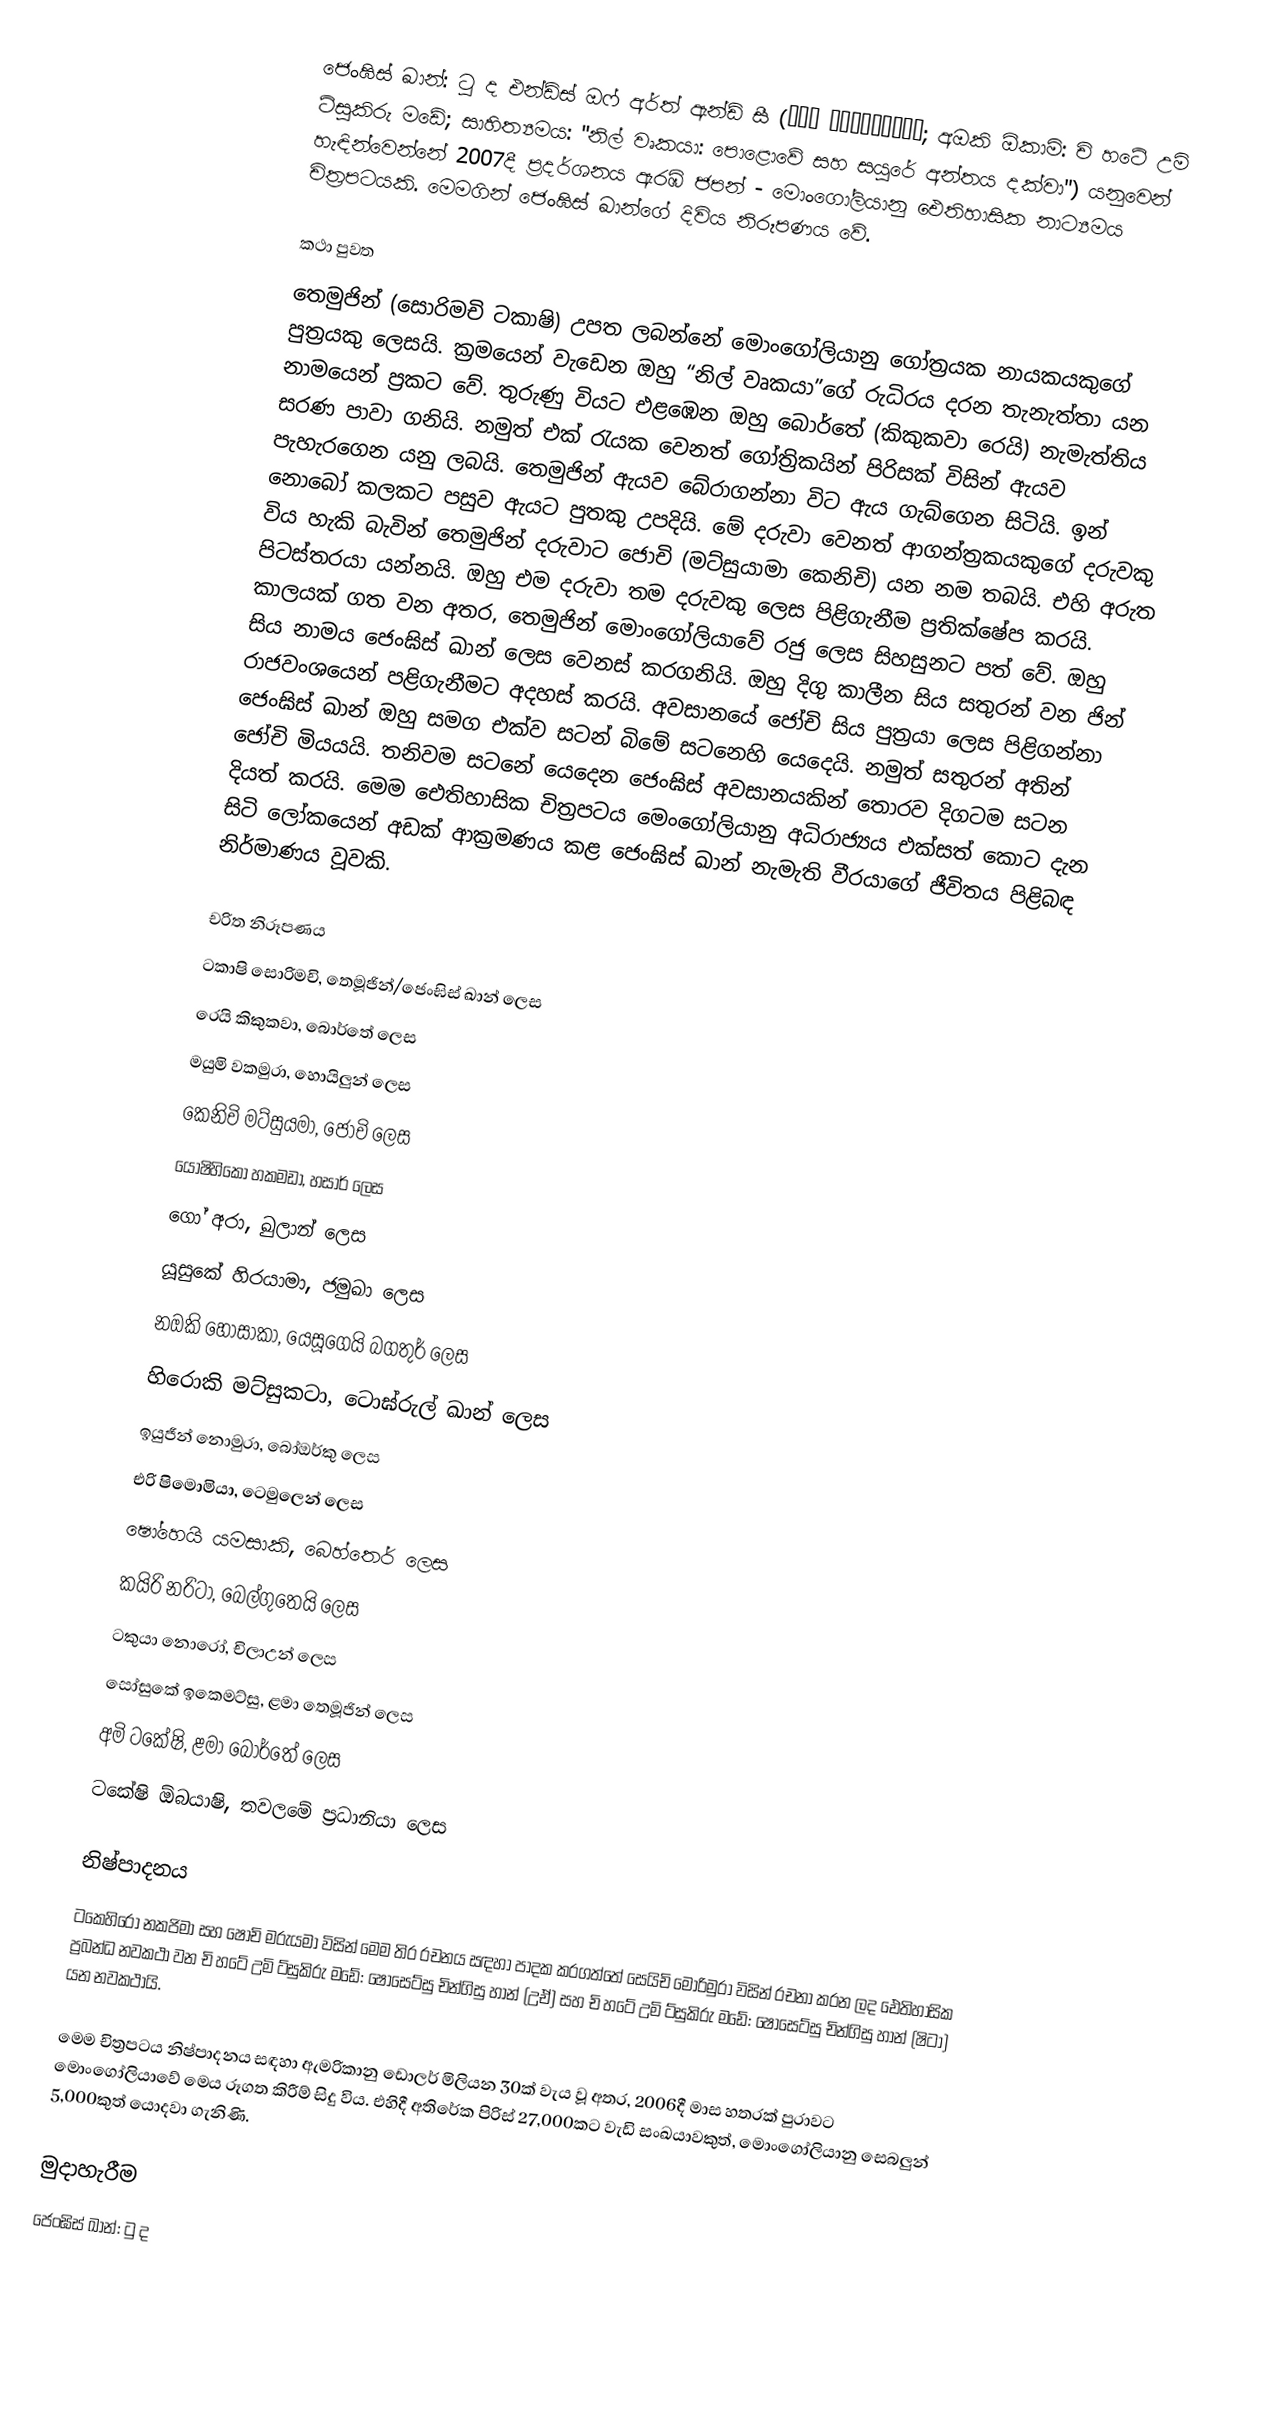
ජෙංඝිස් ඛාන්: ටු ද එන්ඩ්ස් ඔෆ් අර්ත් ඇන්ඩ් සී (蒼き狼 地果て海尽きるまで; අඔකි ඕකාමි: චි හටේ උමි ට්සුකිරු මඩේ; සාහිත්‍යමය: "නිල් වෘකයා: පොළොවේ සහ සයුරේ අන්තය දක්වා") යනුවෙන් හැඳින්වෙන්නේ 2007දී ප්‍රදර්ශනය ඇරඹි ජපන් - මොංගෝලියානු ඓතිහාසික නාට්‍යමය චිත්‍රපටයකි. මෙමගින් ජෙංඝිස් ඛාන්ගේ දිවිය නිරූපණය වේ.

කථා පුවත
තෙමුජින් (සොරිමචි ටකාෂි) උපත ලබන්නේ මොංගෝලියානු ‍ගෝත්‍රයක නායකයකුගේ පුත්‍රයකු ලෙසයි. ක්‍රමයෙන් වැඩෙන ඔහු “නිල් වෘකයා”ගේ රුධිරය දරන තැනැත්තා යන නාමයෙන් ප්‍රකට වේ. තුරුණු වියට එළඹෙන ඔහු බොර්තේ (කිකුකවා රෙයි) නැමැත්තිය සරණ පාවා ගනියි. නමුත් එක් රැයක වෙනත් ගෝත්‍රිකයින් පිරිසක් විසින් ඇයව පැහැරගෙන යනු ලබයි. තෙමුජින් ඇයව බේරාගන්නා විට ඇය ගැබ්ගෙන සිටියි. ඉන් නොබෝ කලකට පසුව ඇයට පුතකු උපදියි. මේ දරුවා වෙනත් ආගන්ත්‍රකයකුගේ දරුවකු විය හැකි බැවින් තෙමුජින් දරුවාට ජොචි (මට්සුයාමා කෙනිචි) යන නම තබයි. එහි අරුත පිටස්තරයා යන්නයි. ඔහු එම දරුවා තම දරුවකු ලෙස පිළිගැනීම ප්‍රතික්ෂේප කරයි. කාලයක් ගත වන අතර, තෙමුජින් මොංගෝලියාවේ රජු ලෙස සිහසුනට පත් වේ. ඔහු සිය නාමය ජෙංඝිස් ඛාන් ලෙස වෙනස් කරගනියි. ඔහු දිගු කාලීන සිය සතුරන් වන ජින් රාජවංශයෙන් පළිගැනීමට අදහස් කරයි. අවසානයේ ජෝචි සිය පුත්‍රයා ලෙස පිළිගන්නා ජෙංඝිස් ඛාන් ඔහු සමග එක්ව සටන් බිමේ සටනෙහි යෙදෙයි. නමුත් සතුරන් අතින් ජෝචි මියයයි. තනිවම සටනේ යෙදෙන ජෙංඝිස් අවසානයකින් තොරව දිගටම සටන දියත් කරයි. මෙම ඓතිහාසික චිත්‍රපටය මෙංගෝලියානු අධිරාජ්‍යය එක්සත් කොට ‍දැන සිටි ලෝකයෙන් අඩක් ආක්‍රමණය කළ ජෙංඝිස් ඛාන් නැමැති වීරයාගේ ජීවිතය පිළිබඳ නිර්මාණය වූවකි.

චරිත නිරූපණය
ටකාෂි සොරිමචි, තෙමූජින්/ජෙංඝිස් ඛාන් ලෙස
රෙයි කිකුකවා, බොර්තේ ලෙස
මයුමි වකමුරා, හොයිලුන් ලෙස
කෙනිචි මට්සුයමා, ජොචි ලෙස
යොෂිහිකෝ හකමඩා, හසාර් ලෙස
ගෝ අරා, ඛුලාන් ලෙස
යූසුකේ හිරයාමා, ජමුඛා ලෙස
නඔකි හොසාකා, යෙසූගෙයි බගතුර් ලෙස
හිරොකි මට්සුකටා, ටොඝ්රුල් ඛාන් ලෙස
ඉයුජීන් නොමුරා, බෝඔර්කු ලෙස
එරි ෂිමොමියා, ටෙමුලෙන් ලෙස
ෂෝහෙයි යමසාකි, බෙහ්තෙර් ලෙස
කයිරි නරිටා, බෙල්ගුතෙයි ලෙස
ටකුයා නොරෝ, චිලාඋන් ලෙස
සෝසුකේ ඉකෙමට්සු, ළමා තෙමූජින් ලෙස
අමි ටකේෂි, ළමා බෝර්තේ ලෙස
ටකේෂි ඕබයාෂි, තවලමේ ප්‍රධානියා ලෙස

නිෂ්පාදනය
ටකෙහිරෝ නකජිමා සහ ෂෝචි මරුයමා විසින් මෙම තිර රචනය සඳහා පාදක කරගත්තේ සෙයිචි මොරිමුරා විසින් රචනා කරන ලද ඓතිහාසික ප්‍රබන්ධ නවකථා වන චි හටේ උමි ට්සුකිරු මඩේ: ෂෝසෙට්සු චින්ගිසු හාන් (උඒ) සහ චි හටේ උමි ට්සුකිරු මඩේ: ෂෝසෙට්සු චින්ගිසු හාන් (ෂිටා) යන නවකථායි.

මෙම චිත්‍රපටය නිෂ්පාදනය සඳහා ඇමරිකානු ඩොලර් මිලියන 30ක් වැය වූ අතර, 2006දී මාස හතරක් පුරාවට මොංගෝලියාවේ මෙය රූගත කිරීම් සිදු විය. එහිදී අතිරේක පිරිස් 27,000කට වැඩි සංඛයාවකුත්, මොංගෝලියානු සෙබලුන් 5,000කුත් යොදවා ගැනිණි.

මුදාහැරීම
ජෙංඝිස් ඛාන්: ටු ද